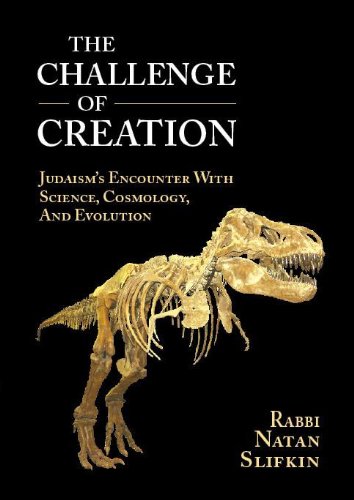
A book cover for The Challenge of Creation: Judaism's Encounter with Science, Cosmology, and Evolution; Natan Slifkin; Religion & Spirituality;